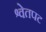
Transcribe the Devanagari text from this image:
श्वेतपट